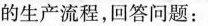
的生产流程，回答问题：